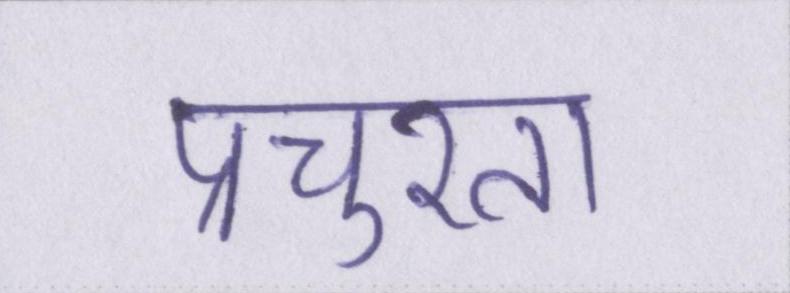
प्रचुरता